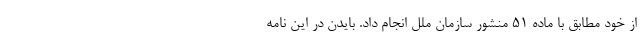
از خود مطابق با ماده ۵۱ منشور سازمان ملل انجام داد. بایدن در این نامه